Annual administration report of the Civil Veterinary Department, Sind - 1942-1943
Year: 1942
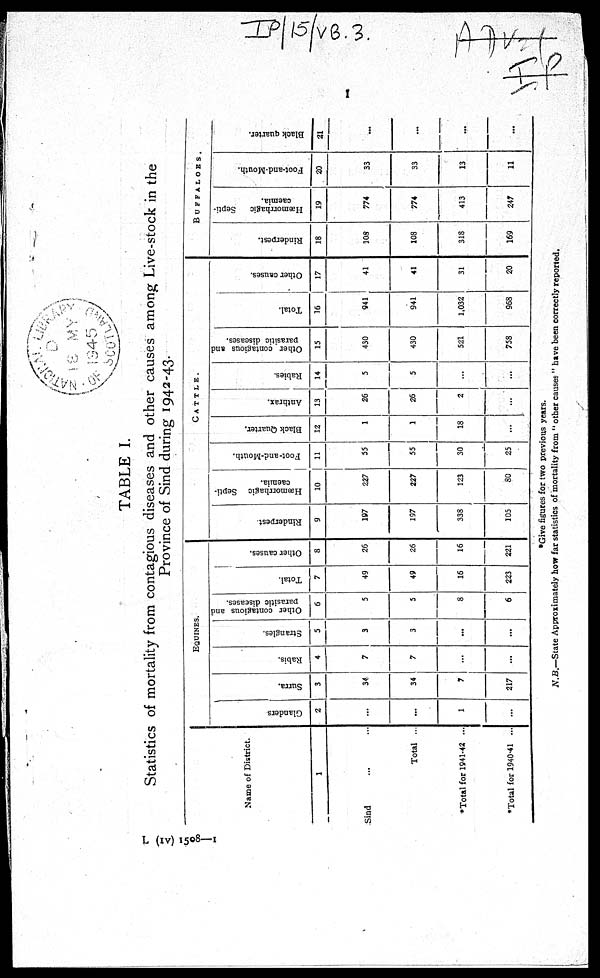
TABLE I.
Statistics of mortality from contagious diseases and other causes among Live-stock in the
Province of Sind during 1942-43.
Name of District.
1
Sind ... ...
Total ...
*Total for 1941-43 ...
*Total for 1940-41 ...
EQINES.
Glanders
2
...
...
1
...
Surra.
3
34
34
7
217
Rabis.
4
7
7
...
...
Strangles.
5
3
3
...
...
Other contagious and
parasitic diseases.
6
5
5
8
6
Total.
7
49
49
16
223
Other causes.
8
26
26
16
221
CATTLE.
Rinderpest.
9
197
197
338
105
Hæmorrhagic Septi-
caemia.
10
227
227
123
80
Foot-and-Mouth.
11
55
55
30
25
Black Quarter.
12
1
1
18
...
Anthrax.
13
26
26
2
...
Rabies.
14
5
5
...
...
Other contagious and
parasitic diseases.
15
430
430
521
758
Total.
16
941
941
1,032
968
Other causes.
17
41
41
31
20
BUFFALOES.
Rinderpest.
18
108
108
318
169
Hæmorrhagic
Septi-
caemia.
19
774
774
413
247
Foot-and-Mouth.
20
33
33
13
11
Black quarter.
21
...
...
...
...
*Give figures for two previous years.
N.B.—State Approximately how far statistics of mortality from "other causes" have been correctly reported.
L (IV) 1508—1